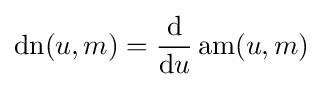
\operatorname {dn} (u,m)={\frac {\mathrm {d} }{\mathrm {d} u}}\operatorname {am} (u,m)